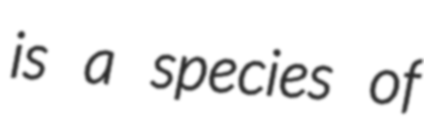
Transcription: is a species of